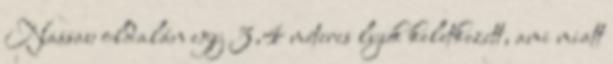
Nassau oldalán egy 3,4 méteres lyuk keletkezett, ami miatt